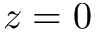
z = 0